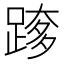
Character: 𮛰